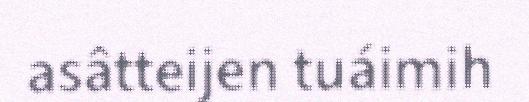
asâtteijen tuáimih